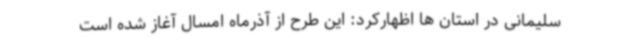
سلیمانی در استان ها اظهارکرد: این طرح از آذرماه امسال آغاز شده است